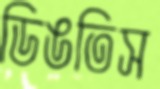
ডিঙতিস